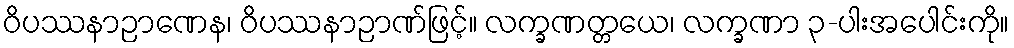
ဝိပဿနာဉာဏေန၊ ဝိပဿနာဉာဏ်ဖြင့်။ လက္ခဏတ္တယေ၊ လက္ခဏာ ၃-ပါးအပေါင်းကို။